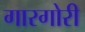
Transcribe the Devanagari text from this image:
गारगोरी